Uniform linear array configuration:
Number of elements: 12
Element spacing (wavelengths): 0.25
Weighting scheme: uniform
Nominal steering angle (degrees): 60
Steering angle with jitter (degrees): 60.951
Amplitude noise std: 0.05
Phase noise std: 0.05

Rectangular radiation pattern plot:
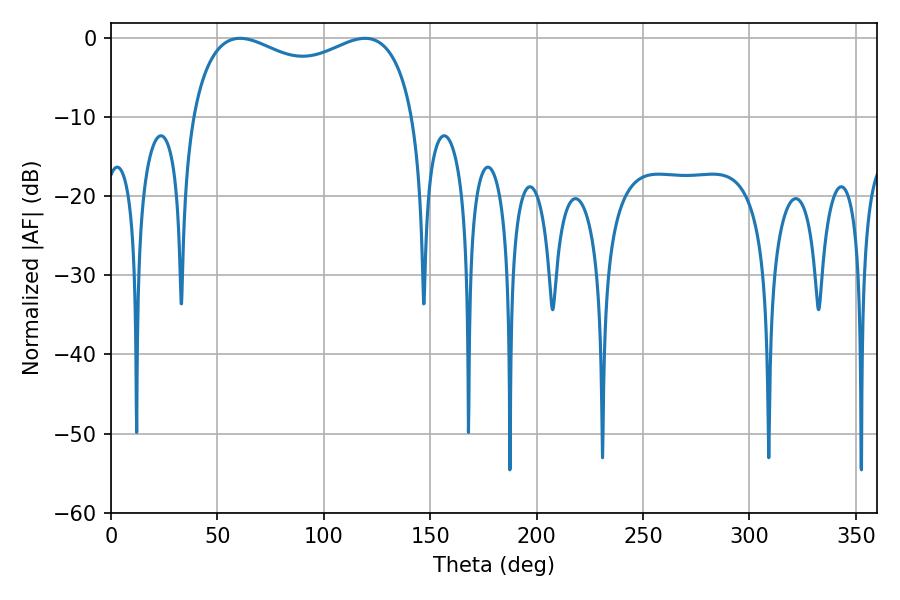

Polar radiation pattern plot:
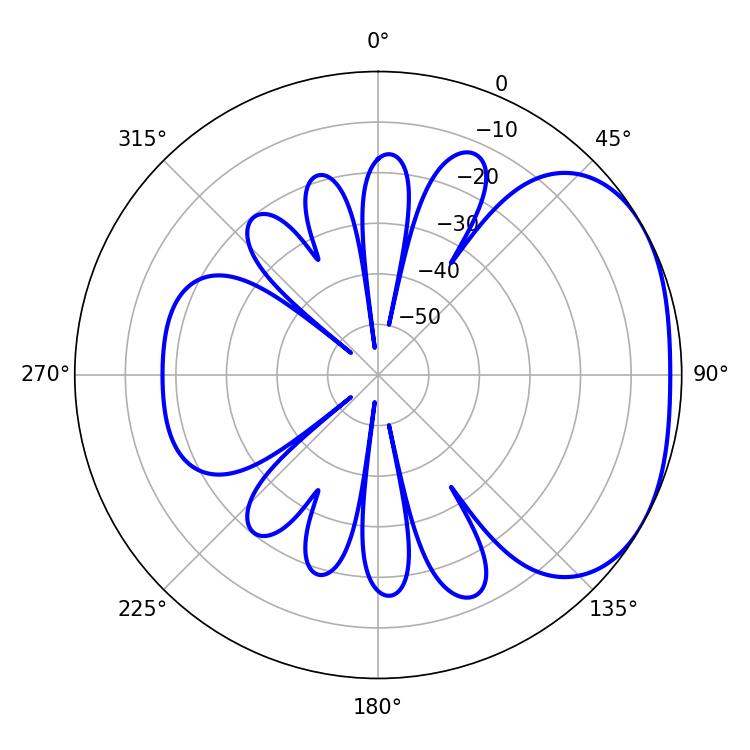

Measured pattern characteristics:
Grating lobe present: FALSE
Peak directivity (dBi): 2.487
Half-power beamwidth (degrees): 86.76
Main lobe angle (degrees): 60.66